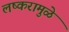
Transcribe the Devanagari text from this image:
लष्करामुळे